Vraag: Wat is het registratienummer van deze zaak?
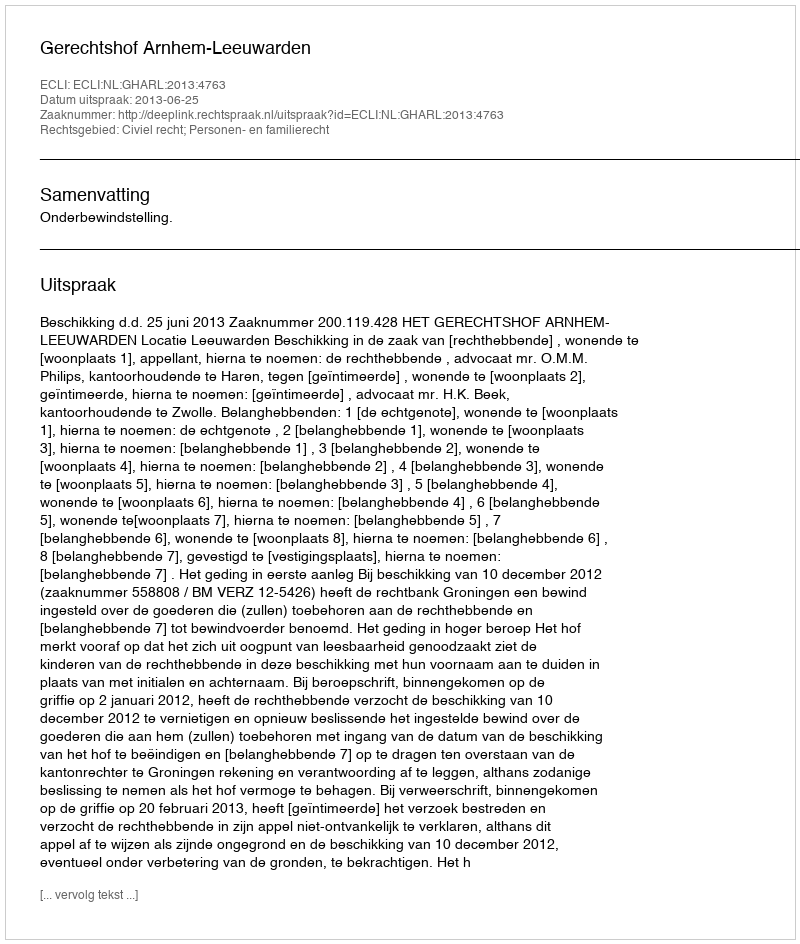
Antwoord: http://deeplink.rechtspraak.nl/uitspraak?id=ECLI:NL:GHARL:2013:4763